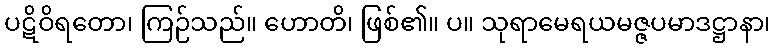
ပဋိဝိရတော၊ ကြဉ်သည်။ ဟောတိ၊ ဖြစ်၏။ ပ။ သုရာမေရယမဇ္ဇပမာဒဋ္ဌာနာ၊